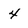
Character: 4